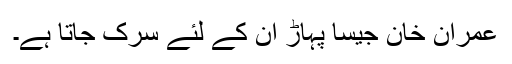
عمران خان جیسا پہاڑ ان کے لئے سرک جاتا ہے۔